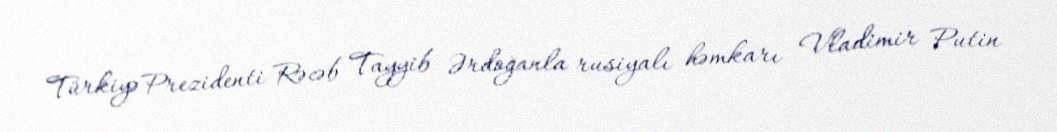
Türkiyə Prezidenti Rəcəb Tayyib Ərdoğanla rusiyalı həmkarı Vladimir Putin